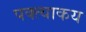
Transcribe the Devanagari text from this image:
पक्त्याकय